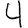
Digit: 4